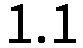
1.1